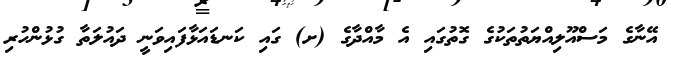
އޭނާގެ މަސްއޫލިއްޔަތުތަކުގެ ގޮތުގައިި އެ މާއްދާގެ (ށ) ގައި ކަނޑައަޅާފައިވަނީ ދައުލަތާ ގުޅުންހުރި